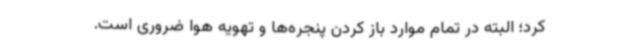
کرد؛ البته در تمام موارد باز کردن پنجره‌ها و تهویه هوا ضروری است.